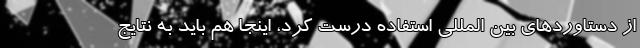
از دستاوردهای بین المللی استفاده درست کرد، اینجا هم باید به نتایج